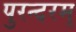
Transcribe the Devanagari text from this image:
पुरन्दरम्